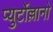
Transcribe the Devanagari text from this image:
प्युर्टोल्लानो